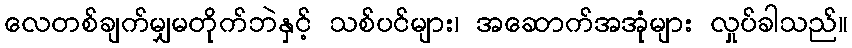
လေတစ်ချက်မျှမတိုက်ဘဲနှင့် သစ်ပင်များ၊ အဆောက်အအုံများ လှုပ်ခါသည်။